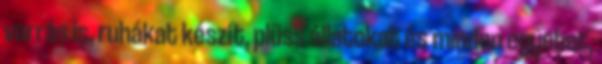
varrás is, ruhákat készít, plüss állatokat és minden egyebet,